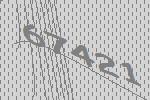
67421